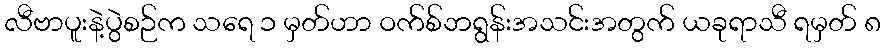
လီဗာပူးနဲ့ပွဲစဉ်က သရေ ၁ မှတ်ဟာ ဝက်စ်ဘရွန်းအသင်းအတွက် ယခုရာသီ ရမှတ် ၈